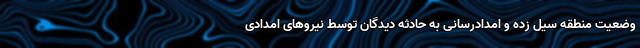
وضعیت منطقه سیل زده و امدادرسانی به حادثه دیدگان توسط نیروهای امدادی